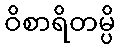
ဝိစာရိတမ္ပိ